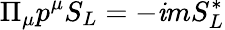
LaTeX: \Pi_{\mu}p^{\mu}S_{L}=-\mathit{i}mS_{L}^{*}